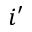
i ^ { \prime }